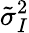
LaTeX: \tilde{\sigma}_{I}^{2}